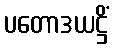
ပတောဒယဋ္ဌိံ